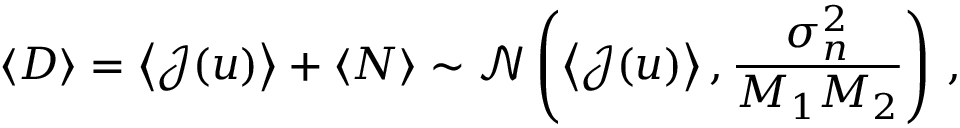
\left\langle \boldsymbol { D } \right\rangle = \left\langle \boldsymbol { \mathcal { J } } ( u ) \right\rangle + \langle \boldsymbol { N } \rangle \sim \mathcal { N } \left( \left\langle \boldsymbol { \mathcal { J } } ( u ) \right\rangle , \frac { \sigma _ { n } ^ { 2 } } { M _ { 1 } M _ { 2 } } \right) \, ,